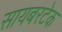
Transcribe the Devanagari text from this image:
सायबरटेक